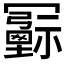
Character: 𠖦